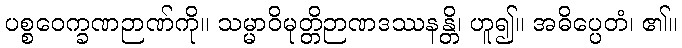
ပစ္စဝေက္ခဏဉာဏ်ကို။ သမ္မာဝိမုတ္တိဉာဏဒဿနန္တိ၊ ဟူ၍။ အဓိပ္ပေတံ၊ ၏။